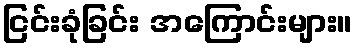
ငြင်းခုံခြင်း အကြောင်းများ။